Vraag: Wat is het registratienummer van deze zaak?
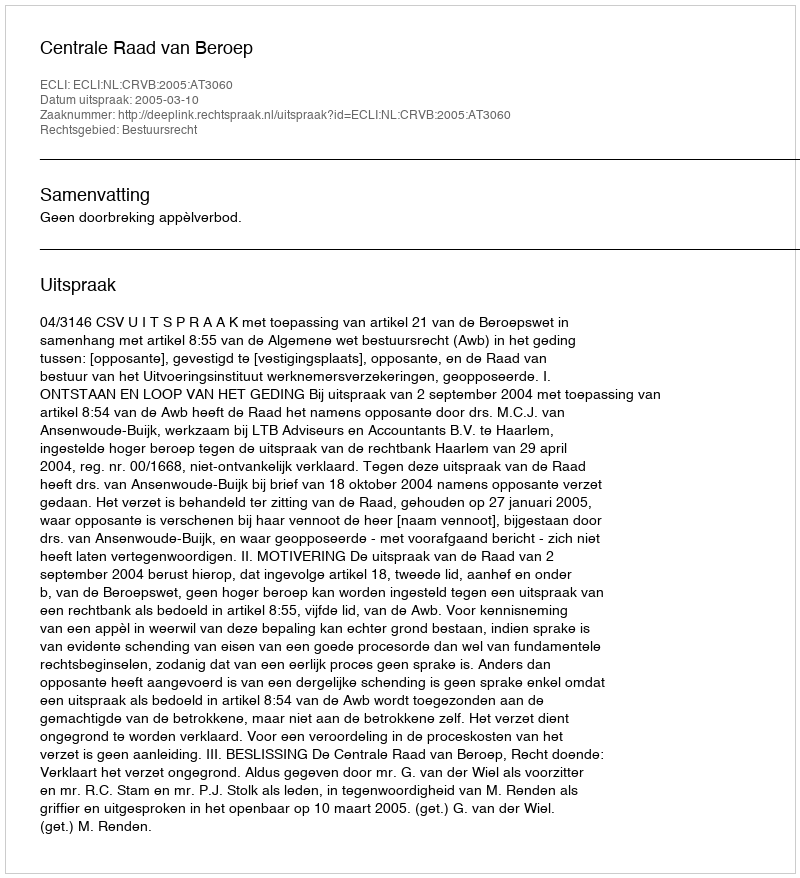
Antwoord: http://deeplink.rechtspraak.nl/uitspraak?id=ECLI:NL:CRVB:2005:AT3060